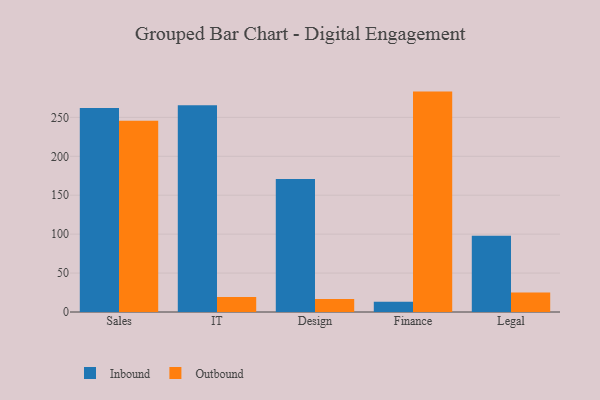
{"axis": {"x": "Department", "y": "Latency (ms)"}, "legend": ["Inbound", "Outbound"], "data": [{"x": "Sales", "y": 262.1, "type": "Inbound"}, {"x": "Sales", "y": 245.8, "type": "Outbound"}, {"x": "IT", "y": 265.6, "type": "Inbound"}, {"x": "IT", "y": 19.4, "type": "Outbound"}, {"x": "Design", "y": 170.8, "type": "Inbound"}, {"x": "Design", "y": 16.7, "type": "Outbound"}, {"x": "Finance", "y": 13.1, "type": "Inbound"}, {"x": "Finance", "y": 283.1, "type": "Outbound"}, {"x": "Legal", "y": 97.9, "type": "Inbound"}, {"x": "Legal", "y": 24.9, "type": "Outbound"}]}